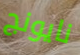
نايونج